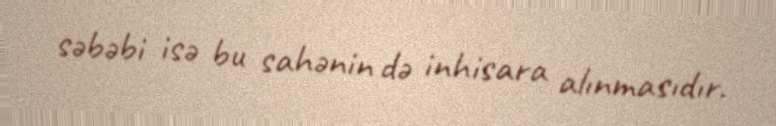
səbəbi isə bu sahənin də inhisara alınmasıdır.